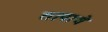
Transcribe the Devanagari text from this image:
तापाचे